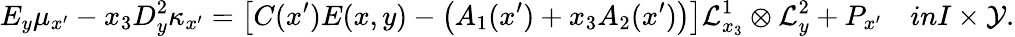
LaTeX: E_{y}\mu_{x^{\prime}}-x_{3}D_{y}^{2}\kappa_{x^{\prime}}=\left[C(x^{\prime})E(x,y)-\left(A_{1}(x^{\prime})+x_{3}A_{2}(x^{\prime})\right)\right]\mathcal{L}_{x_{3}}^{1}\otimes\mathcal{L}_{y}^{2}+P_{x^{\prime}}\quad\textit{in}I\times\mathcal{Y}.